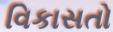
વિકાસતો